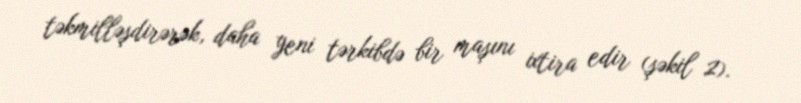
təkmilləşdirərək, daha yeni tərkibdə bir maşını ixtira edir (şəkil 2).